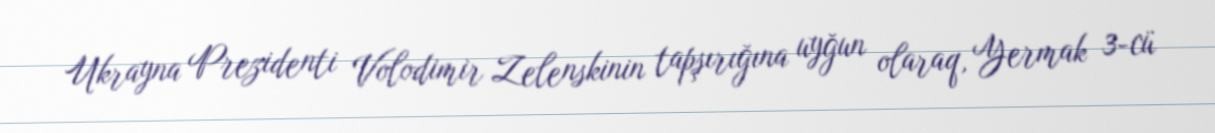
Ukrayna Prezidenti Volodimir Zelenskinin tapşırığına uyğun olaraq, Yermak 3-cü